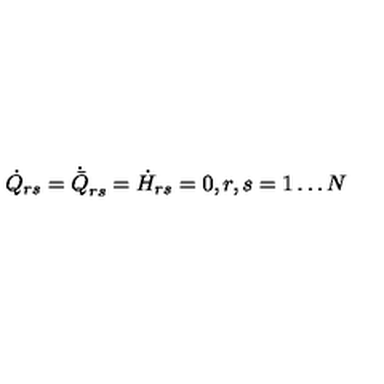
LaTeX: \dot { Q } _ { r s } = \dot { \bar { Q } } _ { r s } = \dot { H } _ { r s } = 0 , r , s = 1 \ldots N